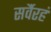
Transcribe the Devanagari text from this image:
सर्वैरहं